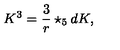
K ^ { 3 } = { \frac { 3 } { r } } \star _ { 5 } d K ,